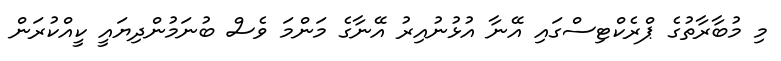
މި މުބާރާތުގެ ޕްރެކްޓިސްގައި އޭނާ އުޅުނުއިރު އޭނާގެ މަންމަ ވެސް ބުނަމުންދިޔައީ ކީއްކުރަން